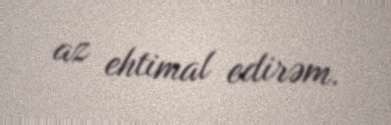
az ehtimal edirəm.